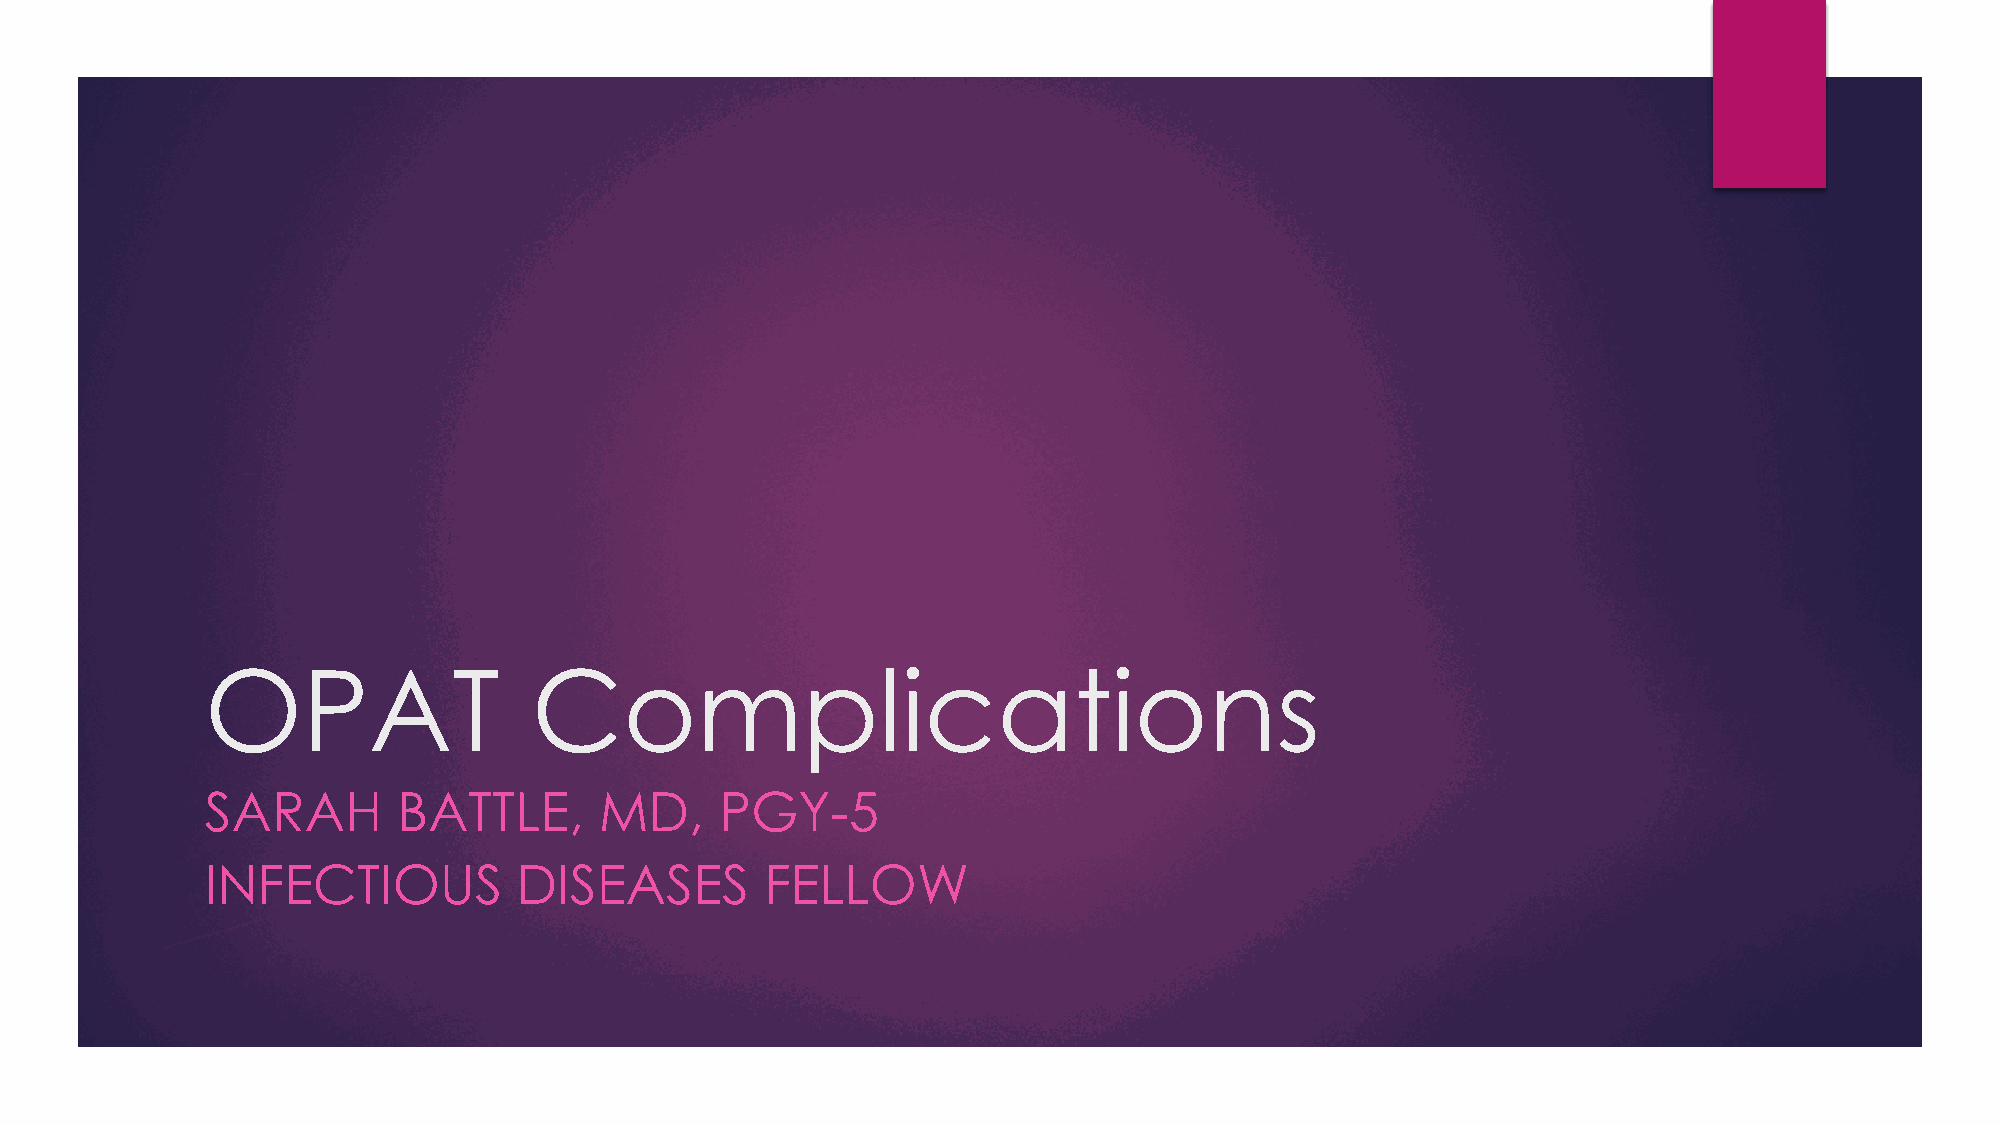
OPAT                 Complications
 SARAH       BATTLE,       MD,     PGY-5
 INFECTIOUS          DISEASES         FELLOW